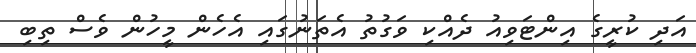
އަދި ކުރީގެ އިންޓަވިއު ދެއްކި ވަގުތު އެތަނުގައި އެހެން މީހުން ވެސް ތިބި